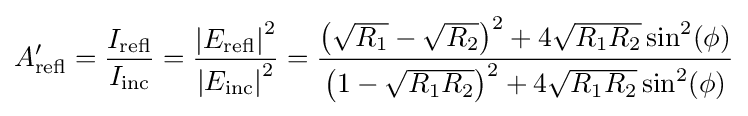
A_{\text{refl}}^{\prime }={\frac {I_{\text{refl}}}{I_{\text{inc}}}}={\frac {\left|E_{\text{refl}}\right|^{2}}{\left|E_{\text{inc}}\right|^{2}}}={\frac {\left({{\sqrt {R_{1}}}-{\sqrt {R_{2}}}}\right)^{2}+4{\sqrt {R_{1}R_{2}}}\sin ^{2}(\phi )}{\left({1-{\sqrt {R_{1}R_{2}}}}\right)^{2}+4{\sqrt {R_{1}R_{2}}}\sin ^{2}(\phi )}}